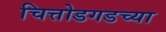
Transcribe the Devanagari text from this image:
चित्तोडगडच्या